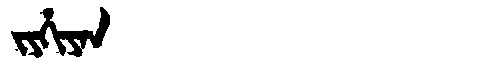
Manchu: ᠵᠶᡥᡳᠶᠠᠨ
Romanization: JYHIYAN